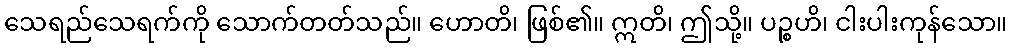
သေရည်သေရက်ကို သောက်တတ်သည်။ ဟောတိ၊ ဖြစ်၏။ ဣတိ၊ ဤသို့။ ပဉ္စဟိ၊ ငါးပါးကုန်သော။